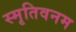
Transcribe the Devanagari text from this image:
स्मृतिवनम